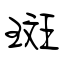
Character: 斑